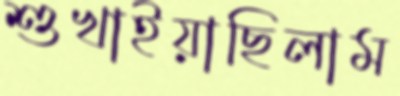
শুখাইয়াছিলাম